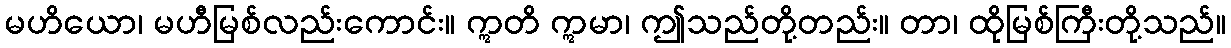
မဟိယော၊ မဟီမြစ်လည်းကောင်း။ ဣတိ ဣမာ၊ ဤသည်တို့တည်း။ တာ၊ ထိုမြစ်ကြီးတို့သည်။